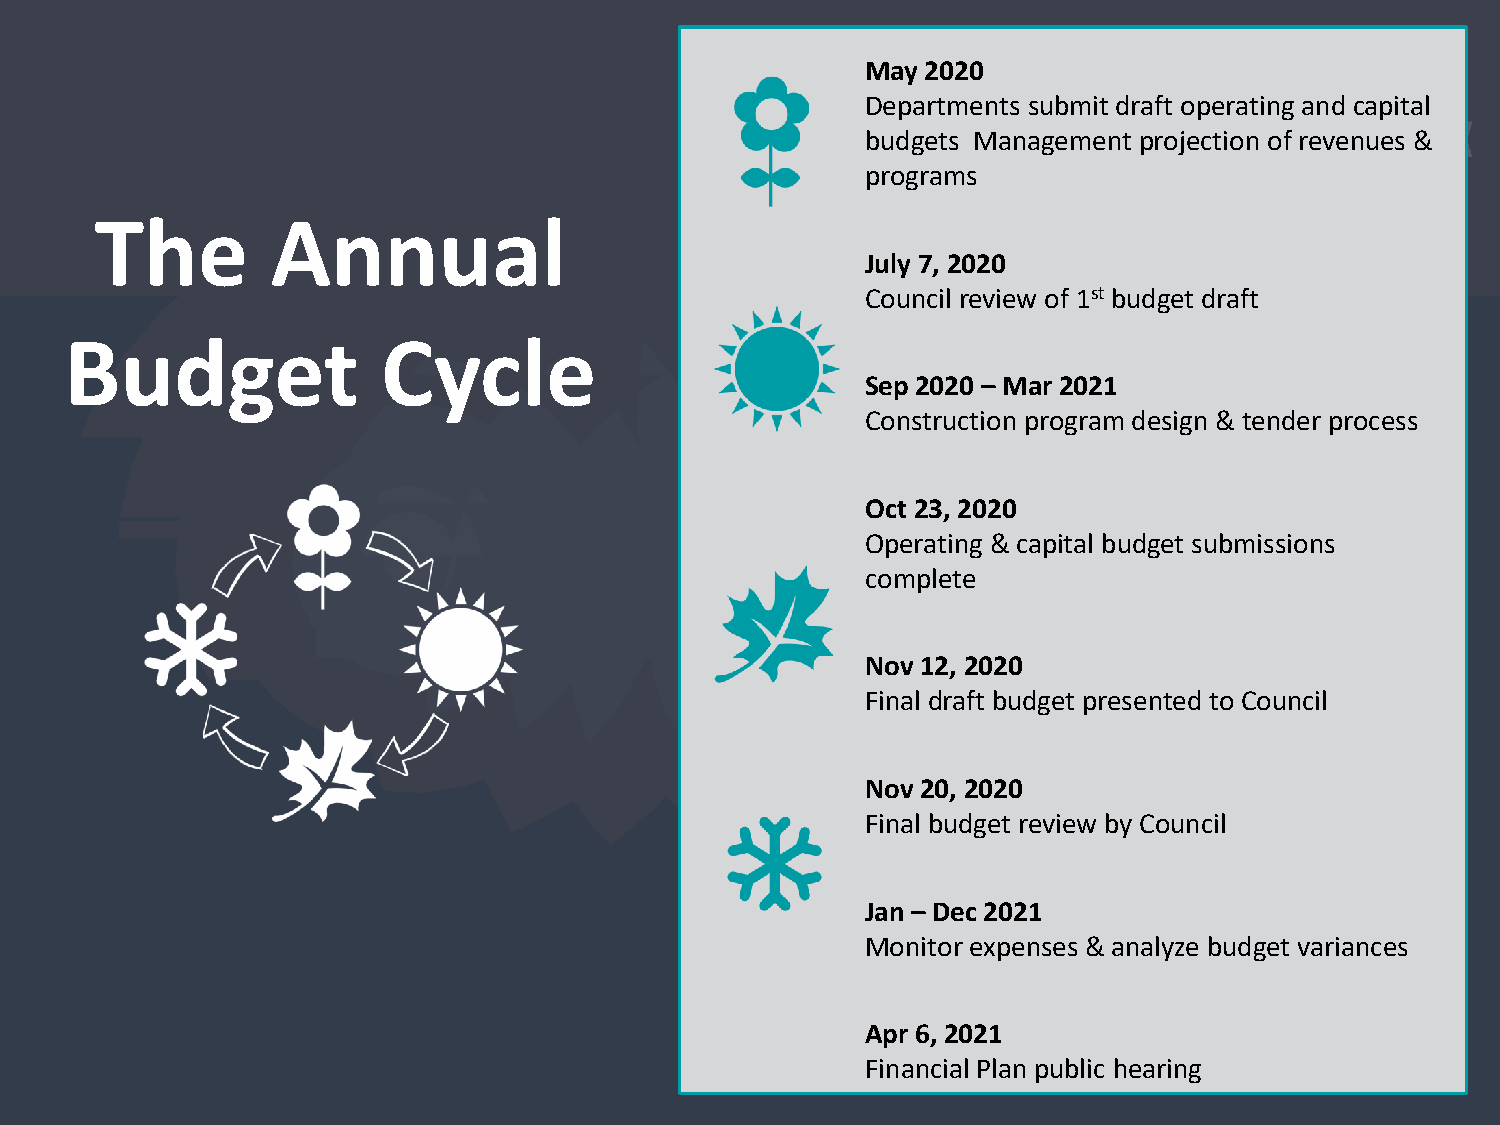
May 2020
 Departments submit draft operating and capital
 budgets Management projection of revenues &
 programs
 The         Annual
 July 7, 2020
 Council review of 1st budget draft
 Budget               Cycle
 Sep 2020 – Mar 2021
 Construction program design & tender process
 Oct 23, 2020
 Operating & capital budget submissions
 complete
 Nov 12, 2020
 Final draft budget presented to Council
 Nov 20, 2020
 Final budget review by Council
 Jan – Dec 2021
 Monitor expenses & analyze budget variances
 Apr 6, 2021
 Financial Plan public hearing